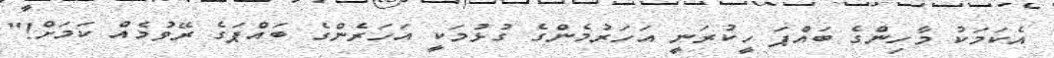
އެކަމަކު މާހިންގެ ބައްޕަ ހީކުރަނީ އަހަރުމެންގެ ގުޅުމަކީ އަހަރެންގެ ބައްޕަގެ ރޭވުމެއް ކަމަށް!"